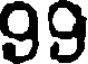
99